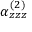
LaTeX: \alpha _ { z z z } ^ { ( 2 ) }